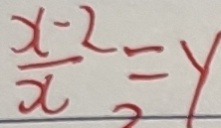
\frac { x - 2 } { x } = y